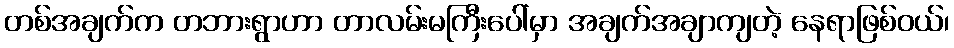
တစ်အချက်က တဘားရွာဟာ တာလမ်းမကြီးပေါ်မှာ အချက်အချာကျတဲ့ နေရာဖြစ်ဝယ်၊